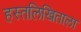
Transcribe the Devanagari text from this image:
हस्तलिखिताला